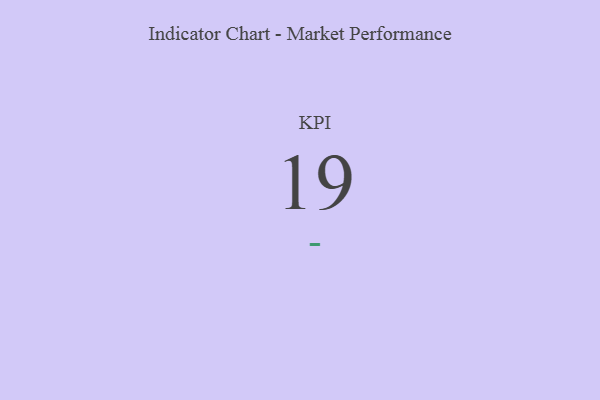
{"axis": {"x": "KPI", "y": "Value"}, "legend": [""], "data": [{"x": "KPI", "y": 19, "type": ""}]}